Report on enteric fever
Disease focus: Fever
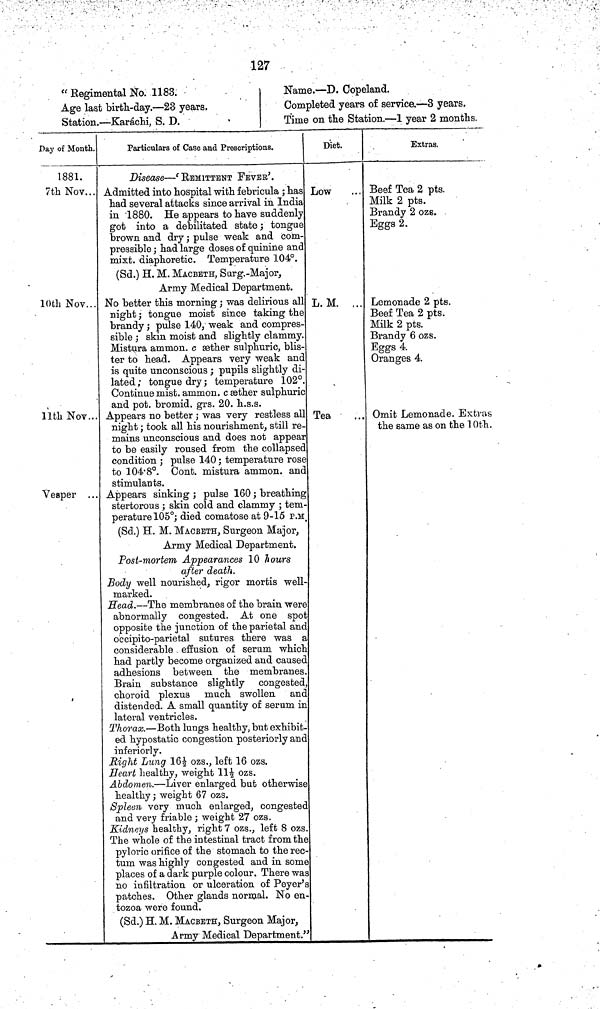
127
" Regimental No. 1183.
Age last birth day.—23 years.
Station.— Karáchi, S. D.
Name.—D. Copeland.
Completed years of service.—3 years.
Time on the Station.—1 year 2 months
Day of Month.
1881.
7th Nov...
10th Nov...
11th Nov ...
Vesper ...
Particulars of Case and Prescriptions.
Disease— 'REMITTENT FEVER'.
Admitted into hospital with febricnla; has
had several attacks since arrival in India
in 1880. He appears to have suddenly
got into a debilitated state ; tongue
brown and dry ; pulse weak and com-
pressible ; had large doses of quinine and
mixt. diaphoretic. Temperature 104°.
(Sd.) H. M. MACBETH, Surg. Major,
Army Medical Department.
No better this morning ; was delirious all
night ; tongue moist since taking the
brandy ; pulse 140, weak and compres-
sible ; skin moist and slightly clammy.
Mistura ammon. c æther sulphuric, blis-
ter to head. Appears very weak and
is quite unconscious ; pupils slightly di-
lated ; tongue dry ; temperature 102°.
Continue mist. ammon. c æther sulphuric
and pot. bromid. grs. 20. h.s.s.
Appears no better ; was very restless all
night ; took all his nourishment, still re-
mains unconscious and does not appear
to be easily roused from the collapsed
condition ; pulse 140 ; temperature rose
to 104 8°. Cont. mistura ammon. and
stimulants.
Appears sinking ; pulse 160 ; breathing
stertorous ; skin cold and clammy ; tem-
perature 105°; died comatose at 9 15 P.M.
(Sd.) H. M. MACBETH, Surgeon Major,
Army Medical Department.
Post mortem Appearances 10 hours
after death.
Body well nourished, rigor mortis well
marked.
Head. —The membranes of the brain were
abnormally congested. At one spot
opposite the junction of the parietal and
occipito parietal sutures there was a
considerable effusion of serum which
had partly become organized and caused
adhesions between the membranes.
Brain substance slightly congested,
choroid plexus much swollen and
distended. A small quantity of serum in
lateral ventricles.
Thorax.—Both lungs healthy, but exhibit-
ed hypostatic congestion posteriorly and
inferiorly.
Right Lung 16½ ozs., left 16 ozs.
Heart healthy, weight 11½ ozs.
Abdomen.—Liver enlarged but otherwise
healthy; weight 67 ozs.
Spleen very much enlarged, congested
and very friable ; weight 27 ozs.
Kidneys healthy, right 7 ozs., left 8 ozs.
The whole of the intestinal tract from the
pyloric orifice of the stomach to the rec-
tum was highly congested and in some
places of a dark purple colour. There was
no infiltration or ulceration of Peyer's
patches. Other glands normal. No en
tozoa were found.
(Sd.) H. M. MACBETH, Surgeon Major,
Army Medical Department."
Diet.
Low
L. M. ...
Tea
Extras.
Beef Tea 2 pts.
Milk 2 pts.
Brandy 2 ozs.
Eggs 2.
Lemonade 2 pts.
Beef Tea 2 pts.
Milk 2 pts.
Brandy 6 ozs.
Eggs 4.
Oranges 4.
Omit Lemonade. Extras
the same as on the 10th.